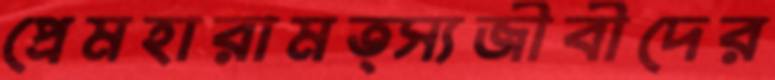
প্রেমহারামত্স্যজীবীদের